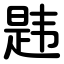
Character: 韪